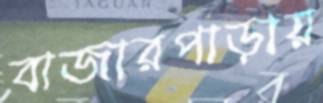
বাজারপাড়ায়